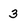
Character: 3